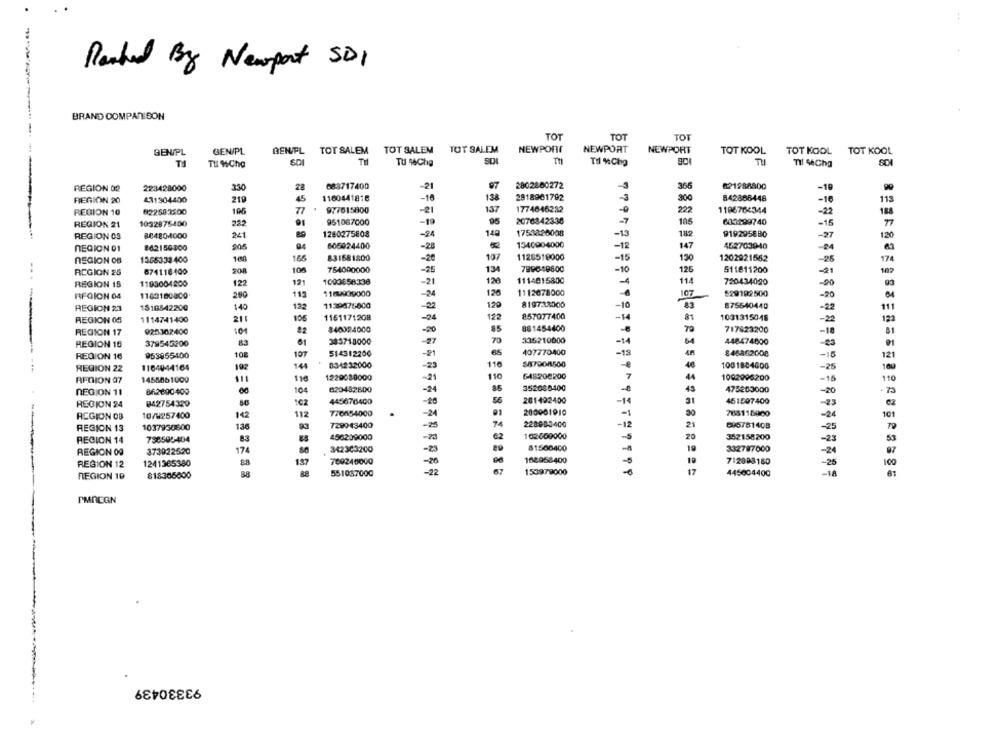
.
Parked By Newport SD1
BRAND COMPANLEON
TOT
TOT
TOT
TOT SALEM
NEWPORT
NEWPORT
GEN/PL
GEN/PL
DEN/PL
TOT SALEM TOT SALEM
NEWPORT
TOT KOOL
TOT KOOL
TOT KOOL
TH
TH NChe
Til
TU 46Chg
SDI
Til NChg
Til SAChg
28
083717400
97
2802860272
821288800
-19
REGION 02
223428000
330
-21
-3
REGION 20
411904400
219
45
1160441818
-16
130
2818901792
3
300
842868448
-16
115
137
REGION 10
822583500
196
9:7615800
-21
1774646232
-0
222
1196704344
-22
188
REGION 21
1032876400
232
91
951067000
-19
96
2076842336
-7
105
603299740
-15
REGION 03
BC4804000
241
1280275808
-24
140
1753826008
-13
182
919295880
-27
120
605924400
1340904000
-12
147
452703940
REGION 01
862150300
505
-28
-24
REGION OB
1365338 400
165
831681800
-28
107
1128518000
-15
130
1202921562
-25
174
100
764000000
13
789048800
511611200
REGION 25
674118400
208
-26
-10
125
-21
107
REGION 18
1193004200
122
121
1003658338
-21
12
1114815800
114
720434020
-00
RFOICH 04
1160100000
200
113
110A39000
-24
126
1112678000
107
529192 500
-20
122
11.29876000
120
8197:33000
-10
83
875540440
REGION 23
1818842200
140
-22
-
REGION 05
1114741400
211
106
11611712Q8
-24
122
857077400
-14
81
1031315048
-2
85
70
REGION 17
925302400
:01
840024000
-20
881454400
717823200
-18
379545200
63
383718000
-27
70
336210000
-14
448474000
REGION 16
REGION 16
953855400
108
107
514312200
-21
407770400
-19
846862008
-18
834232000
110
587008500
REGION 22
1164044164
102
14
-23
1001884600
-25
REGION 07
1455861000
$11
118
1229088000
-21
110
645208200
1002996200
-15
REGION 11
862690400
104
820482800
-24
352088400
475263000
-20
445676400
-80
56
261402400
-14
451507400
REGION 24
042754320
102
-73
REGION OB
10/9257400
142
112
776454000
.
-24
200001010
-
768118900
-24
729043400
74
228880400
-12
REGION 13
1037930500
13
-25
696781408
-25
730595-404
88
456209000
62
162600000
362158200
REGION 14
83
-23
REGION 09
373022520
174
86
. 342303200
-23
81500400
332797000
-24
769246000
162953400
712888180
REGION 12
1241365380
137
-20
-26
REGION 19
818305600
551037000
-22
153979000
445004400
-18
61
PMREGN
93330439